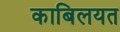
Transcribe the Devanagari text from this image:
काबिलयत